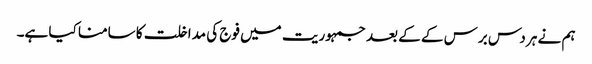
ہم نے ہر دس برس کے کے بعد جمہوریت میں فوج کی مداخلت کا سامنا کیا ہے۔